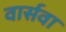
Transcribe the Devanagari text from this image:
वार्सवा